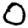
Digit: 0